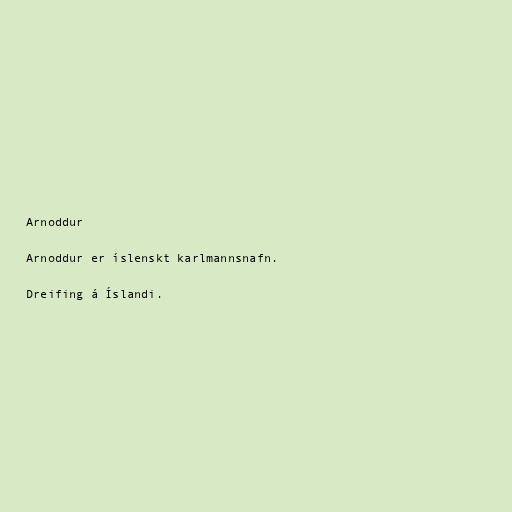
Arnoddur

Arnoddur er íslenskt karlmannsnafn.

Dreifing á Íslandi.